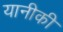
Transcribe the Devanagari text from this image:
यानीकी